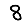
Digit: 8